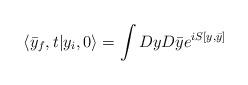
LaTeX: \begin{align*}\langle \bar{y}_f, t | y_i,0 \rangle = \int Dy D \bar{y} e ^{i S[y,\bar{y}]}\end{align*}